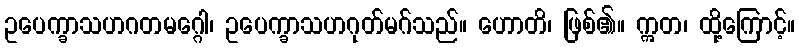
ဥပေက္ခာသဟဂတမဂ္ဂေါ၊ ဥပေက္ခာသဟဂုတ်မဂ်သည်။ ဟောတိ၊ ဖြစ်၏။ ဣတ၊ ထို့ကြောင့်။